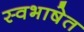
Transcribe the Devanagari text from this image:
स्वभाषेत